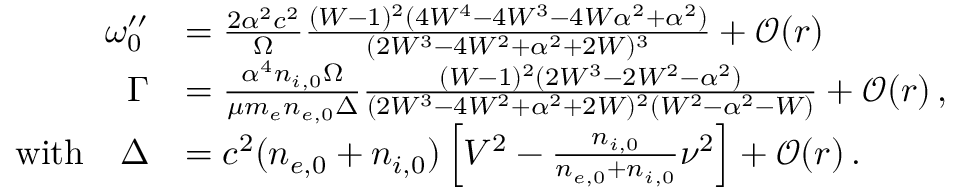
\begin{array} { r l } { \omega _ { 0 } ^ { \prime \prime } } & { = \frac { 2 \alpha ^ { 2 } c ^ { 2 } } { \Omega } \frac { ( W - 1 ) ^ { 2 } ( 4 W ^ { 4 } - 4 W ^ { 3 } - 4 W \alpha ^ { 2 } + \alpha ^ { 2 } ) } { ( 2 W ^ { 3 } - 4 W ^ { 2 } + \alpha ^ { 2 } + 2 W ) ^ { 3 } } + \mathcal { O } ( r ) } \\ { \Gamma } & { = \frac { \alpha ^ { 4 } n _ { i , 0 } \Omega } { \mu m _ { e } n _ { e , 0 } \Delta } \frac { ( W - 1 ) ^ { 2 } ( 2 W ^ { 3 } - 2 W ^ { 2 } - \alpha ^ { 2 } ) } { ( 2 W ^ { 3 } - 4 W ^ { 2 } + \alpha ^ { 2 } + 2 W ) ^ { 2 } ( W ^ { 2 } - \alpha ^ { 2 } - W ) } + \mathcal { O } ( r ) \, , } \\ { \mathrm { w i t h } \quad \Delta } & { = c ^ { 2 } ( n _ { e , 0 } + n _ { i , 0 } ) \left[ V ^ { 2 } - \frac { n _ { i , 0 } } { n _ { e , 0 } + n _ { i , 0 } } \nu ^ { 2 } \right] + \mathcal { O } ( r ) \, . } \end{array}